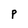
Character: P